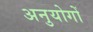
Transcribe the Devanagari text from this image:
अनुयोगों